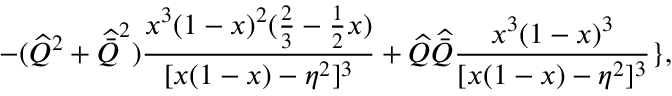
- ( \widehat { Q } ^ { 2 } + \widehat { \bar { Q } } ^ { 2 } ) \frac { x ^ { 3 } ( 1 - x ) ^ { 2 } ( \frac 2 3 - \frac 1 2 x ) } { [ x ( 1 - x ) - \eta ^ { 2 } ] ^ { 3 } } + \widehat { Q } \widehat { \bar { Q } } \frac { x ^ { 3 } ( 1 - x ) ^ { 3 } } { [ x ( 1 - x ) - \eta ^ { 2 } ] ^ { 3 } } \} ,